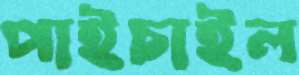
পাইচাইল